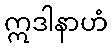
ဣဒါနာဟံ